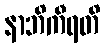
နာဘိကီရတိ